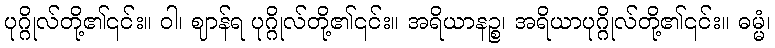
ပုဂ္ဂိုလ်တို့၏၎င်း။ ဝါ၊ ဈာန်ရ ပုဂ္ဂိုလ်တို့၏၎င်း။ အရိယာနဉ္စ၊ အရိယာပုဂ္ဂိုလ်တို့၏၎င်း။ ဓမ္မံ၊